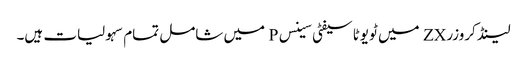
لینڈ کروزر ZX میں ٹویوٹا سیفٹی سینس P میں شامل تمام سہولیات ہیں۔